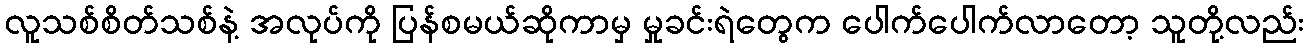
လူသစ်စိတ်သစ်နဲ့ အလုပ်ကို ပြန်စမယ်ဆိုကာမှ မှုခင်းရဲတွေက ပေါက်ပေါက်လာတော့ သူတို့လည်း